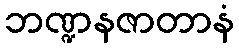
ဘဏ္ဍနဇာတာနံ